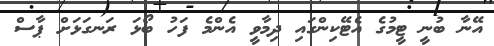
އޭނާ ބުނީ ޓީމުގެ އެޓޭކިންގައި ދިމާވީ އެންމެ ފަހު ބޯޅަ ރަނގަޅަށް ޕާސް